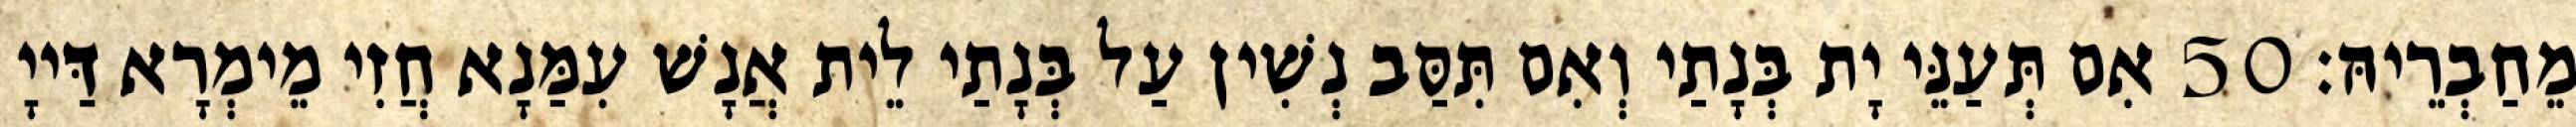
מֵחַבְרֵיהּ׃ 50 אִם תְּעַנֵּי יָת בְּנָתַי וְאִם תִּסַּב נְשִׁין עַל בְּנָתַי לֵית אֲנָשׁ עִמַּנָא חֲזִי מֵימְרָא דַּייָ